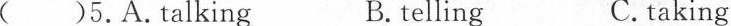
( )5. A. Talking B. telling C. taking